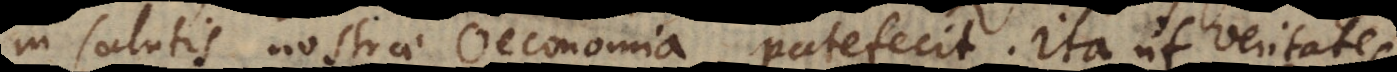
salutis nostrae Oeconomia patefecit. Ita ut veritates